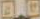
回回